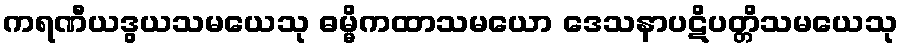
ကရဏီယဒွယသမယေသု ဓမ္မိကထာသမယော ဒေသနာပဋိပတ္တိသမယေသု